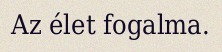
Az élet fogalma.